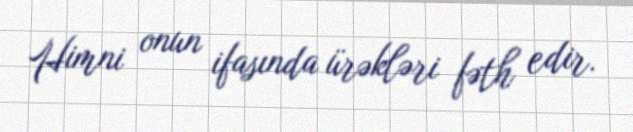
Himni onun ifasında ürəkləri fəth edir.